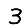
Digit: 3